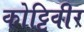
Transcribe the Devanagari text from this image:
कोट्टिवीर